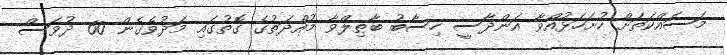
މަސައްކަތަށް ހުށަހަޅުއްވާ އަންދާސީ ހިސާބު ބާޠިލްވާ މުއްދަތުގެ ގޮތުގައި މަދުވެގެން 60 ދުވަސް